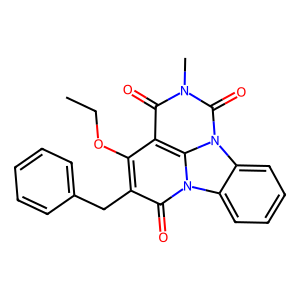
SMILES: CCOc1c(Cc2ccccc2)c(=O)n2c3ccccc3n3c(=O)n(C)c(=O)c1c23
Inhibits HIV replication: No